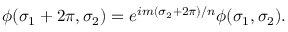
\phi ( \sigma _ { 1 } + 2 \pi , \sigma _ { 2 } ) = e ^ { i m ( \sigma _ { 2 } + 2 \pi ) / n } \phi ( \sigma _ { 1 } , \sigma _ { 2 } ) .